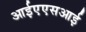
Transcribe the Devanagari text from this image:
आईएएसआई